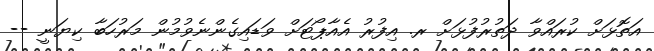
އަތޮޅަށް ކުރައްވާ ދަތުރުފުޅަށް ރ. އިފުރު އެއާޕޯޓަށް ވަޑައިގެންނެވުމުން މަރުހަބާ ކިޔަނީ --